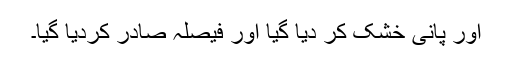
اور پانی خشک کر دیا گیا اور فیصلہ صادر کردیا گیا۔